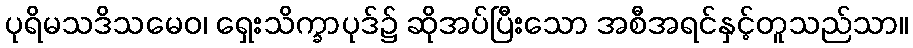
ပုရိမသဒိသမေဝ၊ ရှေးသိက္ခာပုဒ်၌ ဆိုအပ်ပြီးသော အစီအရင်နှင့်တူသည်သာ။